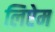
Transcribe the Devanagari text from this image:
लिऐम